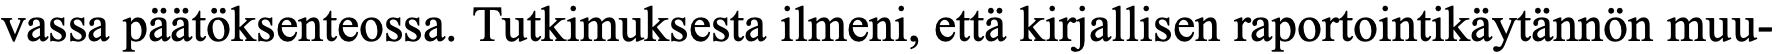
vassa päätöksenteossa. Tutkimuksesta ilmeni, että kirjallisen raportointikäytännön muu-